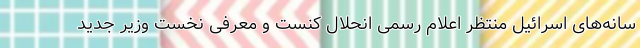
سانه‌های اسرائیل منتظر اعلام رسمی انحلال کنست و معرفی نخست وزیر جدید